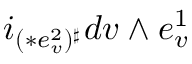
i _ { ( \ast e _ { v } ^ { 2 } ) ^ { \sharp } } d v \wedge e _ { v } ^ { 1 }